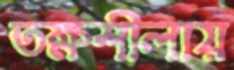
তক্ষশীলায়